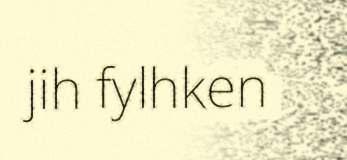
jih fylhken